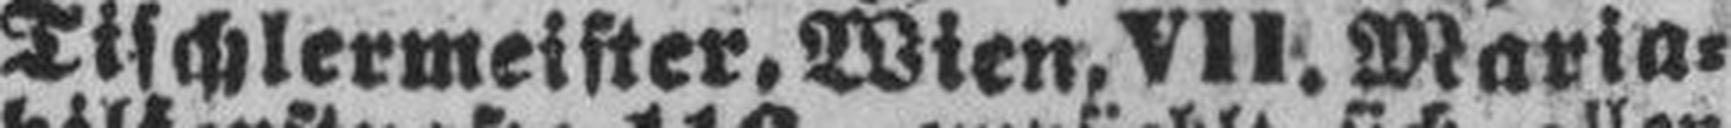
Tischlermeister, Wien, VII. Maria¬